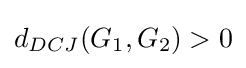
d_{DCJ}(G_{1},G_{2})>0